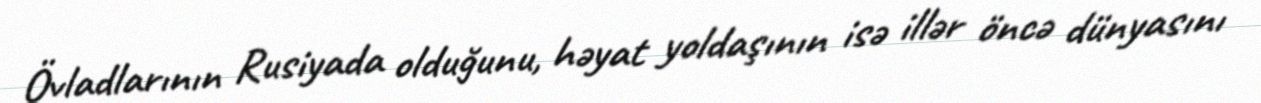
Övladlarının Rusiyada olduğunu, həyat yoldaşının isə illər öncə dünyasını